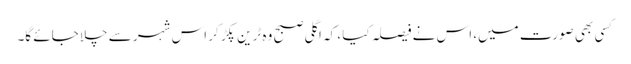
کسی بھی صورت میں، اس نے فیصلہ کیا ، کہ اگلی صبح وہ ٹرین پکڑ کر اس شہر سے چلا جائے گا۔